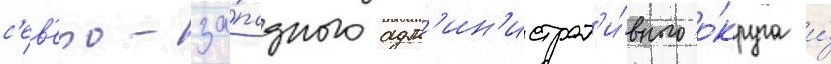
с'ев'еро-за́падного адм'ин'истрат'и́вного о́круга и́